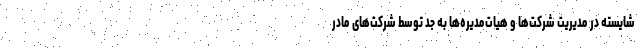
شایسته در مدیریت شرکت‌ها و هیات‌مدیره‌ها به جد توسط شرکت‌های مادر